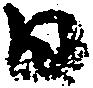
日